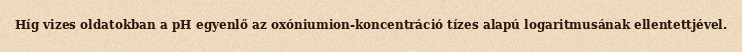
Híg vizes oldatokban a pH egyenlő az oxóniumion-koncentráció tízes alapú logaritmusának ellentettjével.